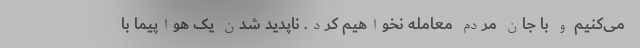
می‌کنیم و با جان مردم معامله نخواهیم کرد. ناپدید شدن یک هواپیما با